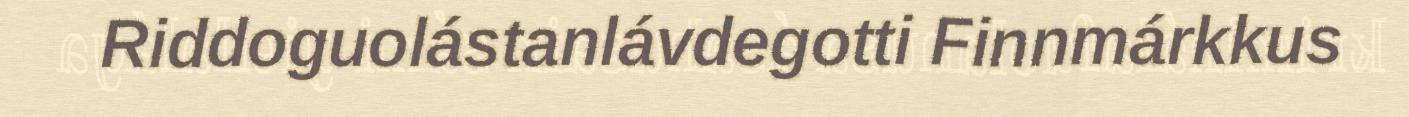
Riddoguolástanlávdegotti Finnmárkkus